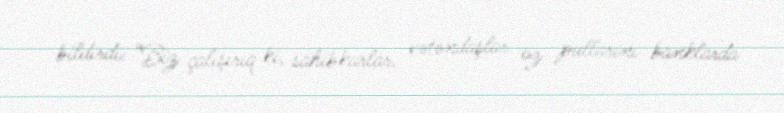
bildirdi: “Biz çalışırıq ki, sahibkarlar, vətəndaşlar öz pullarını banklarda